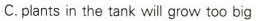
C.plants in the tank will grow too big